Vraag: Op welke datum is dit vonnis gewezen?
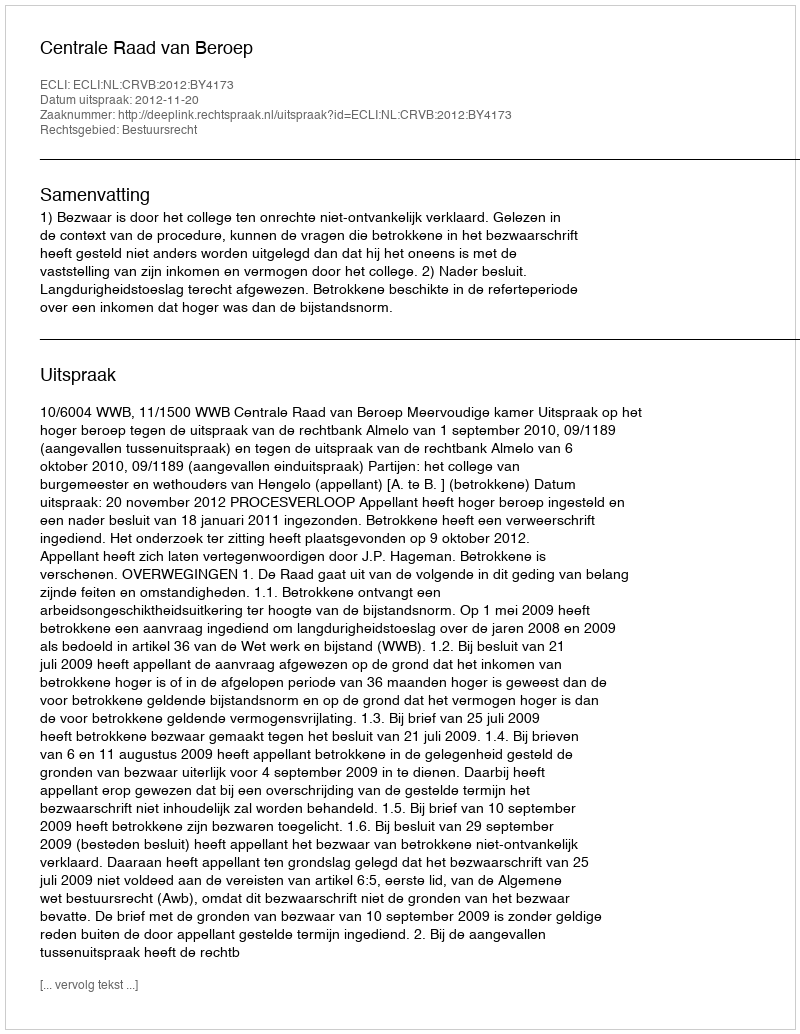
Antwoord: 2012-11-20